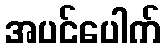
အပင်ပေါက်